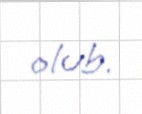
olub.